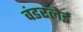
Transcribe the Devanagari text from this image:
वंडरलेई